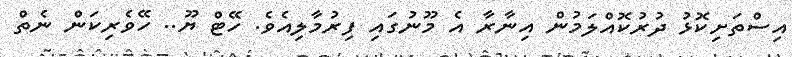
އިސްތަށިކޮޅު ދުރުކޮއްލަމުން އިނާރާ އެ މޫނުގައި ފިރުމާލިއެވެ. ހޭޓް ޔޫ.. ހޭވެރިކަން ނެތް